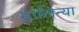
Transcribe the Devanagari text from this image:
मालिन्या